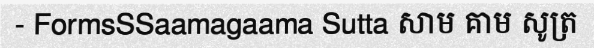
- FormsSSaamagaama Sutta សាម គាម សូត្រ